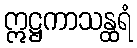
ဣဋ္ဌကာသန္ထရံ